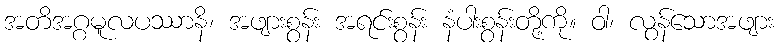
အတိအဂ္ဂမူလပဿာနိ၊ အဖျားစွန်း အရင်းစွန်း နံပါးစွန်းတို့ကို။ ဝါ၊ လွန်သောအဖျား